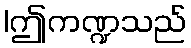
|ဤကဏ္ဍသည်